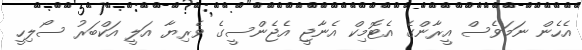
އެހެން ނަމަވެސް އީރާންގެ އެޓޮމިކް އެނާޖީ އެޖެންސީގެ ވެރިޔާ އަލީ އަކްބަރު ސޯލިހީ